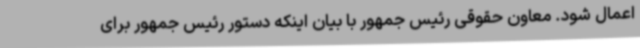
اعمال شود. معاون حقوقی رئیس جمهور با بیان اینکه دستور رئیس جمهور برای